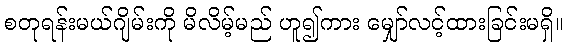
စတုရန်းမယ်ဂျိမ်းကို မိလိမ့်မည် ဟူ၍ကား မျှော်လင့်ထားခြင်းမရှိ။